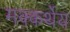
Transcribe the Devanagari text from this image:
मक्कर्थेय